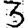
Digit: 3